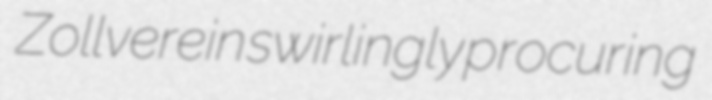
Zollverein swirlingly procuring